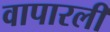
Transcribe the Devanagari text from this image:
वापारली